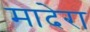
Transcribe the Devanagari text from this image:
मादेरा